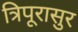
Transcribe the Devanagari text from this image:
त्रिपूरासुर